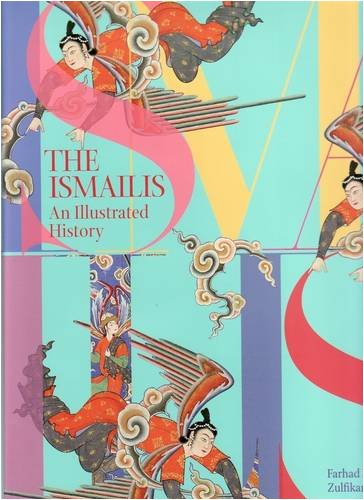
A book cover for The Ismailis: An Illustrated History; Farhad Daftary; Religion & Spirituality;